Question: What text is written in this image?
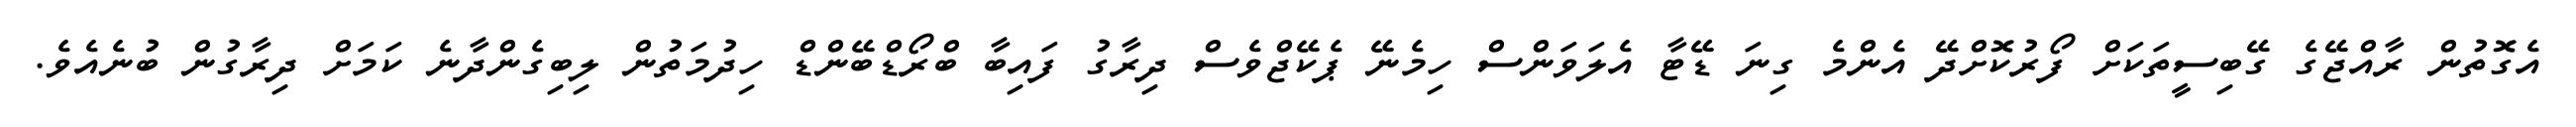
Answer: އެގޮތުން ރާއްޖޭގެ ގޭބިސީތަކަށް ފޯރުކޮށްދޭ އެންމެ ގިނަ ޑޭޓާ އެލަވަންސް ހިމެނޭ ޕެކޭޖްވެސް ދިރާގު ފައިބާ ބްރޯޑްބޭންޑް ހިދުމަތުން ލިބިގެންދާނެ ކަމަށް ދިރާގުން ބުނެއެވެ.